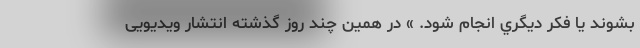
بشوند يا فكر ديگري انجام شود. » در همین چند روز گذشته انتشار ویدیویی